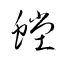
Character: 螳